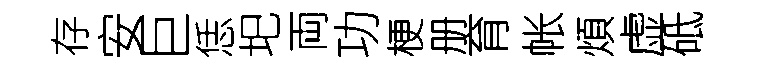
存安巨恁圯両功梗册育帐煩虚砥